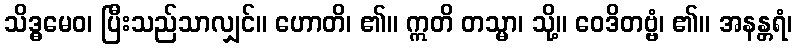
သိဒ္ဓမေဝ၊ ပြီးသည်သာလျှင်။ ဟောတိ၊ ၏။ ဣတိ တသ္မာ၊ သို့။ ဝေဒိတဗ္ဗံ၊ ၏။ အနန္တရံ၊